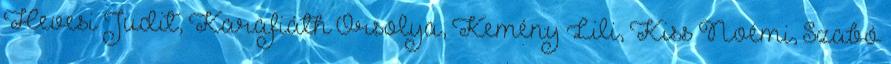
Hevesi Judit, Karafiáth Orsolya, Kemény Lili, Kiss Noémi, Szabó